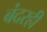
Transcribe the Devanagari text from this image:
बंदरही